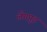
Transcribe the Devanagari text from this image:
लेंगपुइ